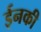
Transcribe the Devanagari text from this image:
ईनकी